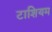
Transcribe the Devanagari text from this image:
टाशियम